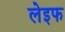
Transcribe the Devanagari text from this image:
लेइफ